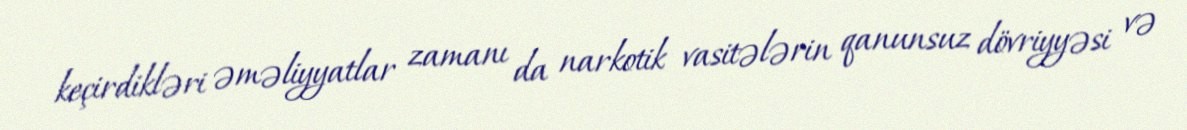
keçirdikləri əməliyyatlar zamanı da narkotik vasitələrin qanunsuz dövriyyəsi və